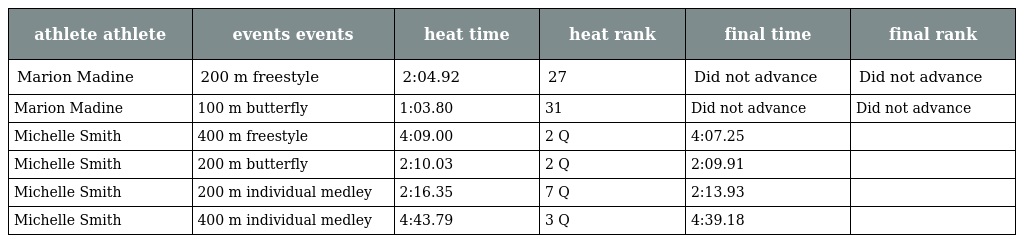
| athlete athlete | events events | heat time | heat rank | final time | final rank |
 | --- | --- | --- | --- | --- | --- |
 | Marion Madine | 200 m freestyle | 2:04.92 | 27 | Did not advance | Did not advance |
 | Marion Madine | 100 m butterfly | 1:03.80 | 31 | Did not advance | Did not advance |
 | Michelle Smith | 400 m freestyle | 4:09.00 | 2 Q | 4:07.25 |  |
 | Michelle Smith | 200 m butterfly | 2:10.03 | 2 Q | 2:09.91 |  |
 | Michelle Smith | 200 m individual medley | 2:16.35 | 7 Q | 2:13.93 |  |
 | Michelle Smith | 400 m individual medley | 4:43.79 | 3 Q | 4:39.18 |  |